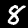
Digit: 8